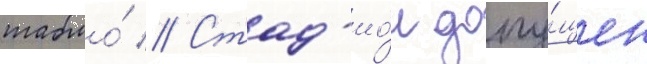
табло́ // Стад'ио́н допу́щен